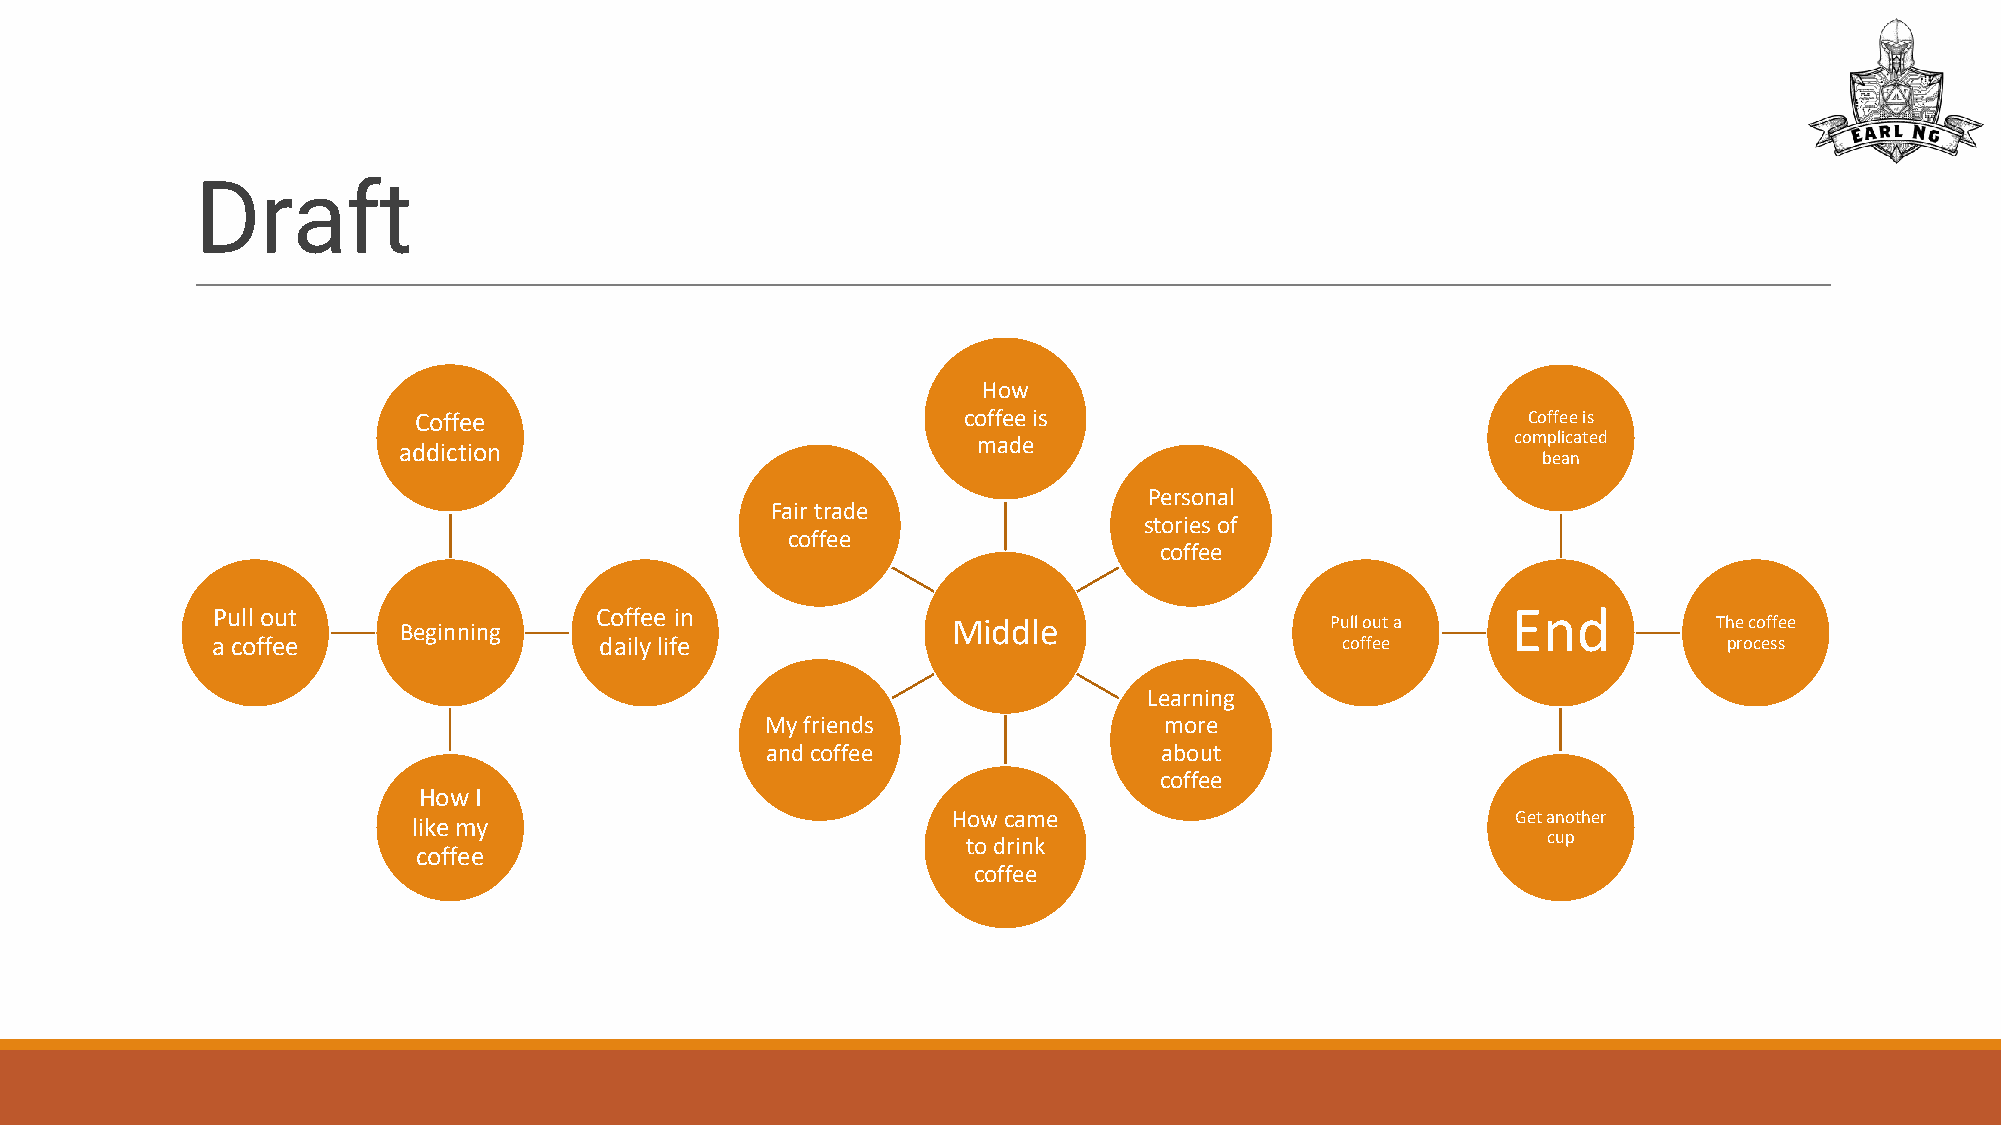
Draft
 How
 Coffee                               coffee is                            Coffee is
 addiction                              made                               complicated
 bean
 Personal
 Fair trade
 stories of
 coffee
 coffee
 Pull out                 Coffee in                                                    End
 Beginning                            Middle                   Pull out a                The coffee
 a coffee                  daily life                                       coffee                   process
 Learning
 My friends                more
 and coffee                about
 coffee
 How I
 How came                             Get another
 like my
 to drink                              cup
 coffee
 coffee